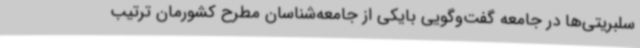
سلبریتی‌ها در جامعه گفت‌وگویی بایکی از جامعه‌شناسان مطرح کشورمان ترتیب